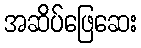
အဆိပ်ဖြေဆေး